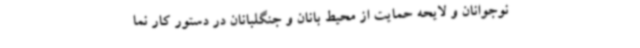
نوجوانان و لایحه حمایت از محیط بانان و جنگلبانان در دستور کار نما